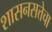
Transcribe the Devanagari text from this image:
शासनसत्तेचा